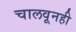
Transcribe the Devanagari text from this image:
चालवूनही